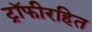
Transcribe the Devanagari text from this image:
ट्रॉफीरहित